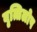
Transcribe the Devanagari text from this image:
वृत्तिलोप